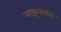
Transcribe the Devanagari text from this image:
माइलायड